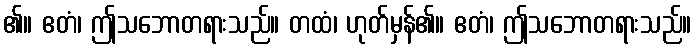
၏။ ဧတံ၊ ဤသဘောတရားသည်။ တထံ၊ ဟုတ်မှန်၏။ ဧတံ၊ ဤသဘောတရားသည်။